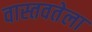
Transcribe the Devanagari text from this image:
वास्तवतेला